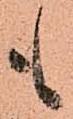
も